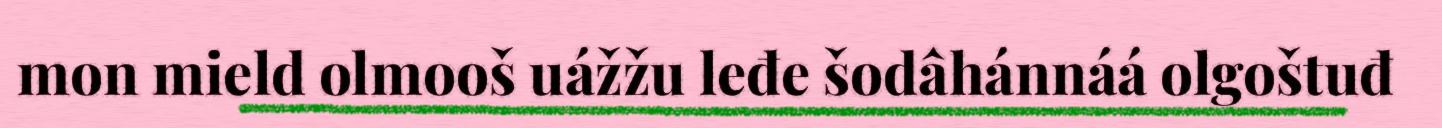
mon mield olmooš uážžu leđe šodâhánnáá olgoštuđ